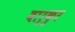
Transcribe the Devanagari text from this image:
बार्कुर